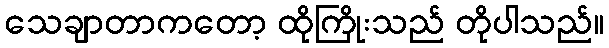
သေချာတာကတော့ ထိုကြိုးသည် တိုပါသည်။